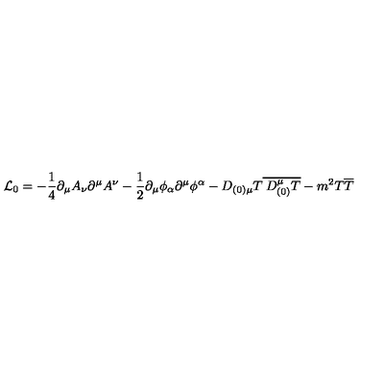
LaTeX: { \cal L } _ { 0 } = - \frac { 1 } { 4 } \partial _ { \mu } A _ { \nu } \partial ^ { \mu } A ^ { \nu } - \frac { 1 } { 2 } \partial _ { \mu } \phi _ { \alpha } \partial ^ { \mu } \phi ^ { \alpha } - D _ { ( 0 ) \mu } T \overline { { \: D _ { ( 0 ) } ^ { \mu } T } } - m ^ { 2 } T \overline { { T } }